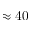
\approx 4 0